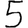
Digit: 5